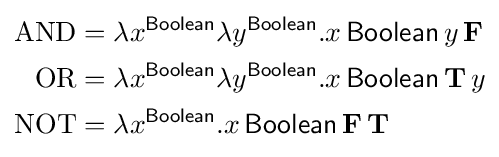
{\begin{aligned}\mathrm {AND} &=\lambda x^{\mathsf {Boolean}}\lambda y^{\mathsf {Boolean}}{.}x\,{\mathsf {Boolean}}\,y\,\mathbf {F} \\\mathrm {OR} &=\lambda x^{\mathsf {Boolean}}\lambda y^{\mathsf {Boolean}}{.}x\,{\mathsf {Boolean}}\,\mathbf {T} \,y\\\mathrm {NOT} &=\lambda x^{\mathsf {Boolean}}{.}x\,{\mathsf {Boolean}}\,\mathbf {F} \,\mathbf {T} \end{aligned}}